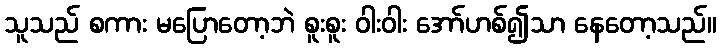
သူသည် စကား မပြောတော့ဘဲ စူးစူး ဝါးဝါး အော်ဟစ်၍သာ နေတော့သည်။